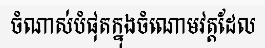
ចំណាស់បំផុតក្នុងចំណោមវត្តដែល